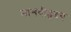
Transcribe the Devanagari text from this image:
मानवीहृदय